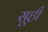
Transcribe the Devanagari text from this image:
सूही